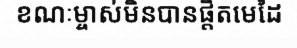
ខណៈម្ចាស់មិនបានផ្តិតមេដៃ